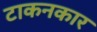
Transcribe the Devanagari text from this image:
टाकनकार